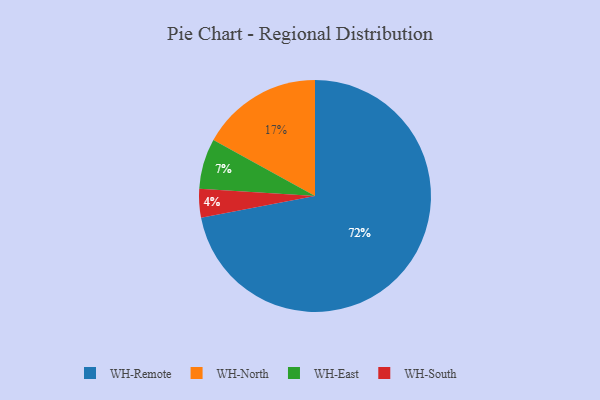
{"axis": {"x": "Category", "y": "Percentage"}, "legend": ["WH-East", "WH-North", "WH-Remote", "WH-South"], "data": [{"x": "WH-North", "y": 17, "type": "WH-North"}, {"x": "WH-Remote", "y": 72, "type": "WH-Remote"}, {"x": "WH-East", "y": 7, "type": "WH-East"}, {"x": "WH-South", "y": 4, "type": "WH-South"}]}